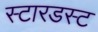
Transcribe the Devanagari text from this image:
स्‍टारडस्‍ट